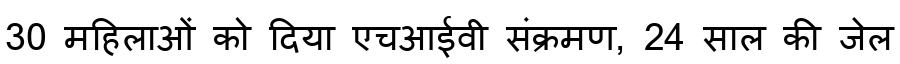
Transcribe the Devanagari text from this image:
30 महिलाओं को दिया एचआईवी संक्रमण, 24 साल की जेल